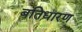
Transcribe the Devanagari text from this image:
बतिधारण